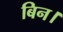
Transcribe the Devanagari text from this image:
बिन।